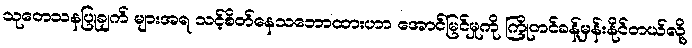
သုတေသနပြုချက် များအရ သင့်စိတ်နေသဘောထားဟာ အောင်မြင်မှုကို ကြိုတင်ခန့်မှန်းနိုင်တယ်လို့